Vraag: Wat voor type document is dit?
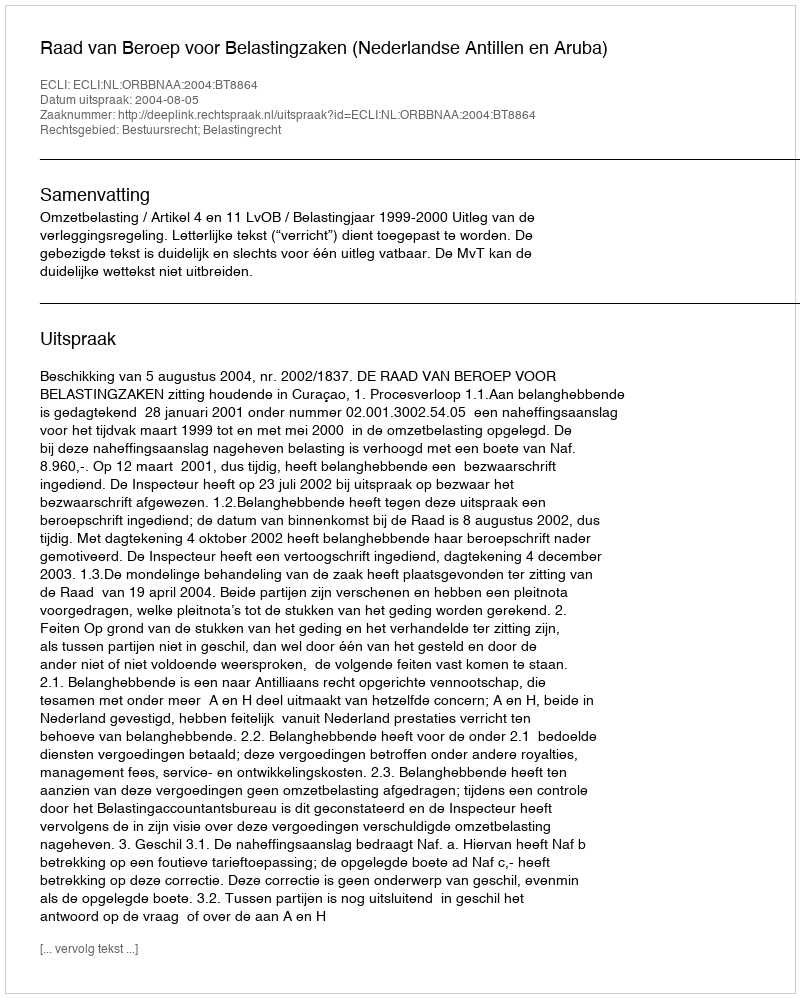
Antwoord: Uitspraak